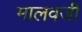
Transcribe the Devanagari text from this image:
मालवजी